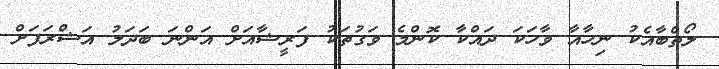
ލޯތްބާއެކު ނިހާއާ ވާހަކަ ދައްކާ ކޮންމެ ވަގުތަކު ފަރީޝާއަށް އަންނަ ބަދަލު އަޝްރަފަށް